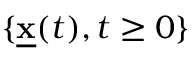
\{ \underline { { \mathbf { x } } } ( t ) , t \ge 0 \}